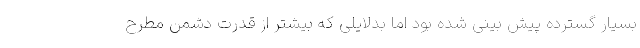
بسیار گسترده پیش بینی شده بود اما بدلایلی که بیشتر از قدرت دشمن مطرح